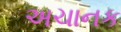
અચાનક